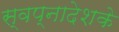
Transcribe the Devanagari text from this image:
स्वप्नादेशके